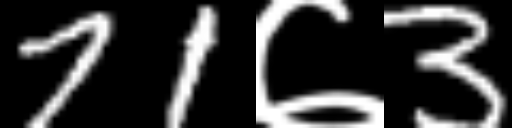
Text: 71७3